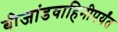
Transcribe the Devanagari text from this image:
बीजांडवाहिनीपर्यंत